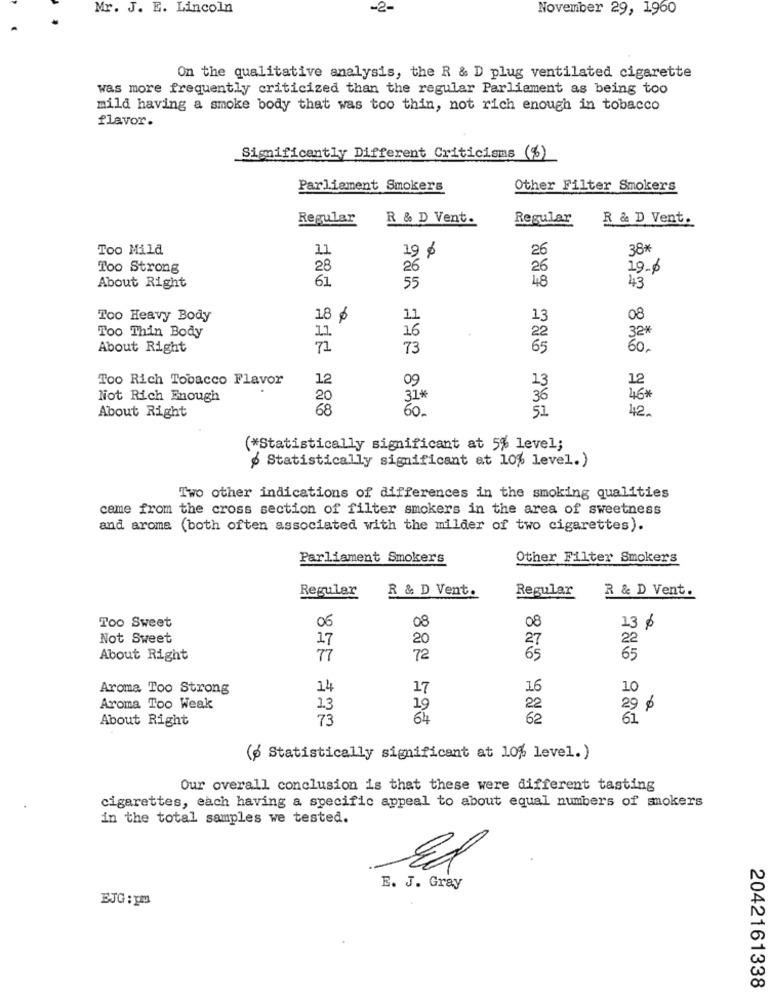
Mr. J. E. Lincoln
-2-
November 29, 1960
On the qualitative analysis, the R & D plug ventilated cigarette
was more frequently criticized than the regular Parliament as being too
mild having a smoke body that was too thin, not rich enough in tobacco
flavor.
Significantly Different Criticisms (%)
Parliament Smokers
Other Filter Smokers
Regular
R & D Vent.
Regular
R & D Vent.
Too Mild
11
26
38*
19 %
Too Strong
28
26
26
19.6
About Right
61.
55
48
43
Too Heavy Body
18 $
11
13
08
16
Too Thin Body
11
22
32*
About Right
71
73
65
60.
Too Rich Tobacco Flavor
12
09
12
13
Not Rich Enough
20
31*
36
46*
About Right
68
60.
51
42.
(*Statistically significant at 5% level;
Statistically significant at 10% level.)
Two other indications of differences in the smoking qualities
came from the cross section of filter smokers in the area of sweetness
and aroma (both often associated with the milder of two cigarettes).
Parliament Smokers
Other Filter Smokers
Regular
R & D Vent.
Regular
R & D Vent.
Too Sweet
08
06
08
13 ₺
Not Sweet
17
20
22
About Right
77
72
65
Aroma Too Strong
14
17
16
10
Aroma Too Weak
1.3
19
22
About Right
73
64
62
(3 Statistically significant at 10% level.)
Our overall conclusion is that these were different tasting
cigarettes, each having a specific appeal to about equal numbers of smokers
in the total samples we tested.
Ed
E. J. Gray
EJG: pms
2042161338